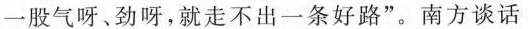
一股气呀、劲呀，就走不出一条好路”。南方谈话